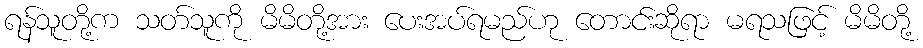
ရန်သူတို့က သတ်သူကို မိမိတို့အား ပေးအပ်ရမည်ဟု တောင်းဆိုရာ မရသဖြင့် မိမိတို့